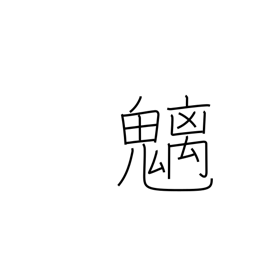
Meaning: mountain spirits